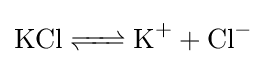
{\ce {KCl <=> K+ + Cl-}}